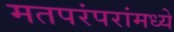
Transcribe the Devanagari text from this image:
मतपरंपरांमध्ये